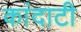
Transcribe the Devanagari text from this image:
कांदाटी